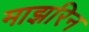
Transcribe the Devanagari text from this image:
माझरिन